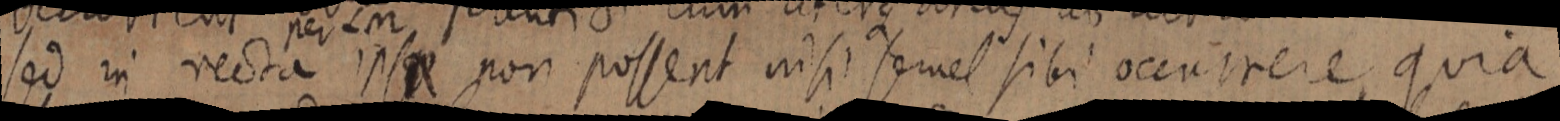
sed in recta ipse non possent nisi semel sibi occurrere, quia